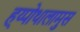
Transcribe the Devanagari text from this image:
ह्य्पोथालामुस